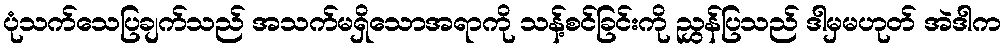
ပုံသက်သေပြချက်သည် အသက်မရှိသောအရာကို သန့်စင်ခြင်းကို ညွှန်ပြသည် ဒါမှမဟုတ် အဲဒါက